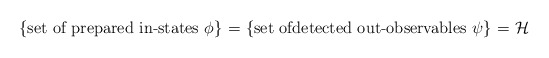
\begin{align*}\mbox{\hspace*{-1cm}\{set of prepared in-states $\phi$\} = \{set ofdetected out-observables $\psi$\} = $\mathcal{H}$}\end{align*}